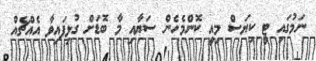
ނަމުގައި ޓީ ކިޔަސް މިއީ ކޮންމެހެން ސަޔާއި މާ ބޮޑަށް ގުޅިފައިވާ އެއްޗެއް